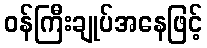
ဝန်ကြီးချုပ်အနေဖြင့်